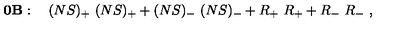
{ \bf 0 B } : \quad ( N S ) _ { + } \ ( N S ) _ { + } + ( N S ) _ { - } \ ( N S ) _ { - } + R _ { + } \ R _ { + } + R _ { - } \ R _ { - } \ ,